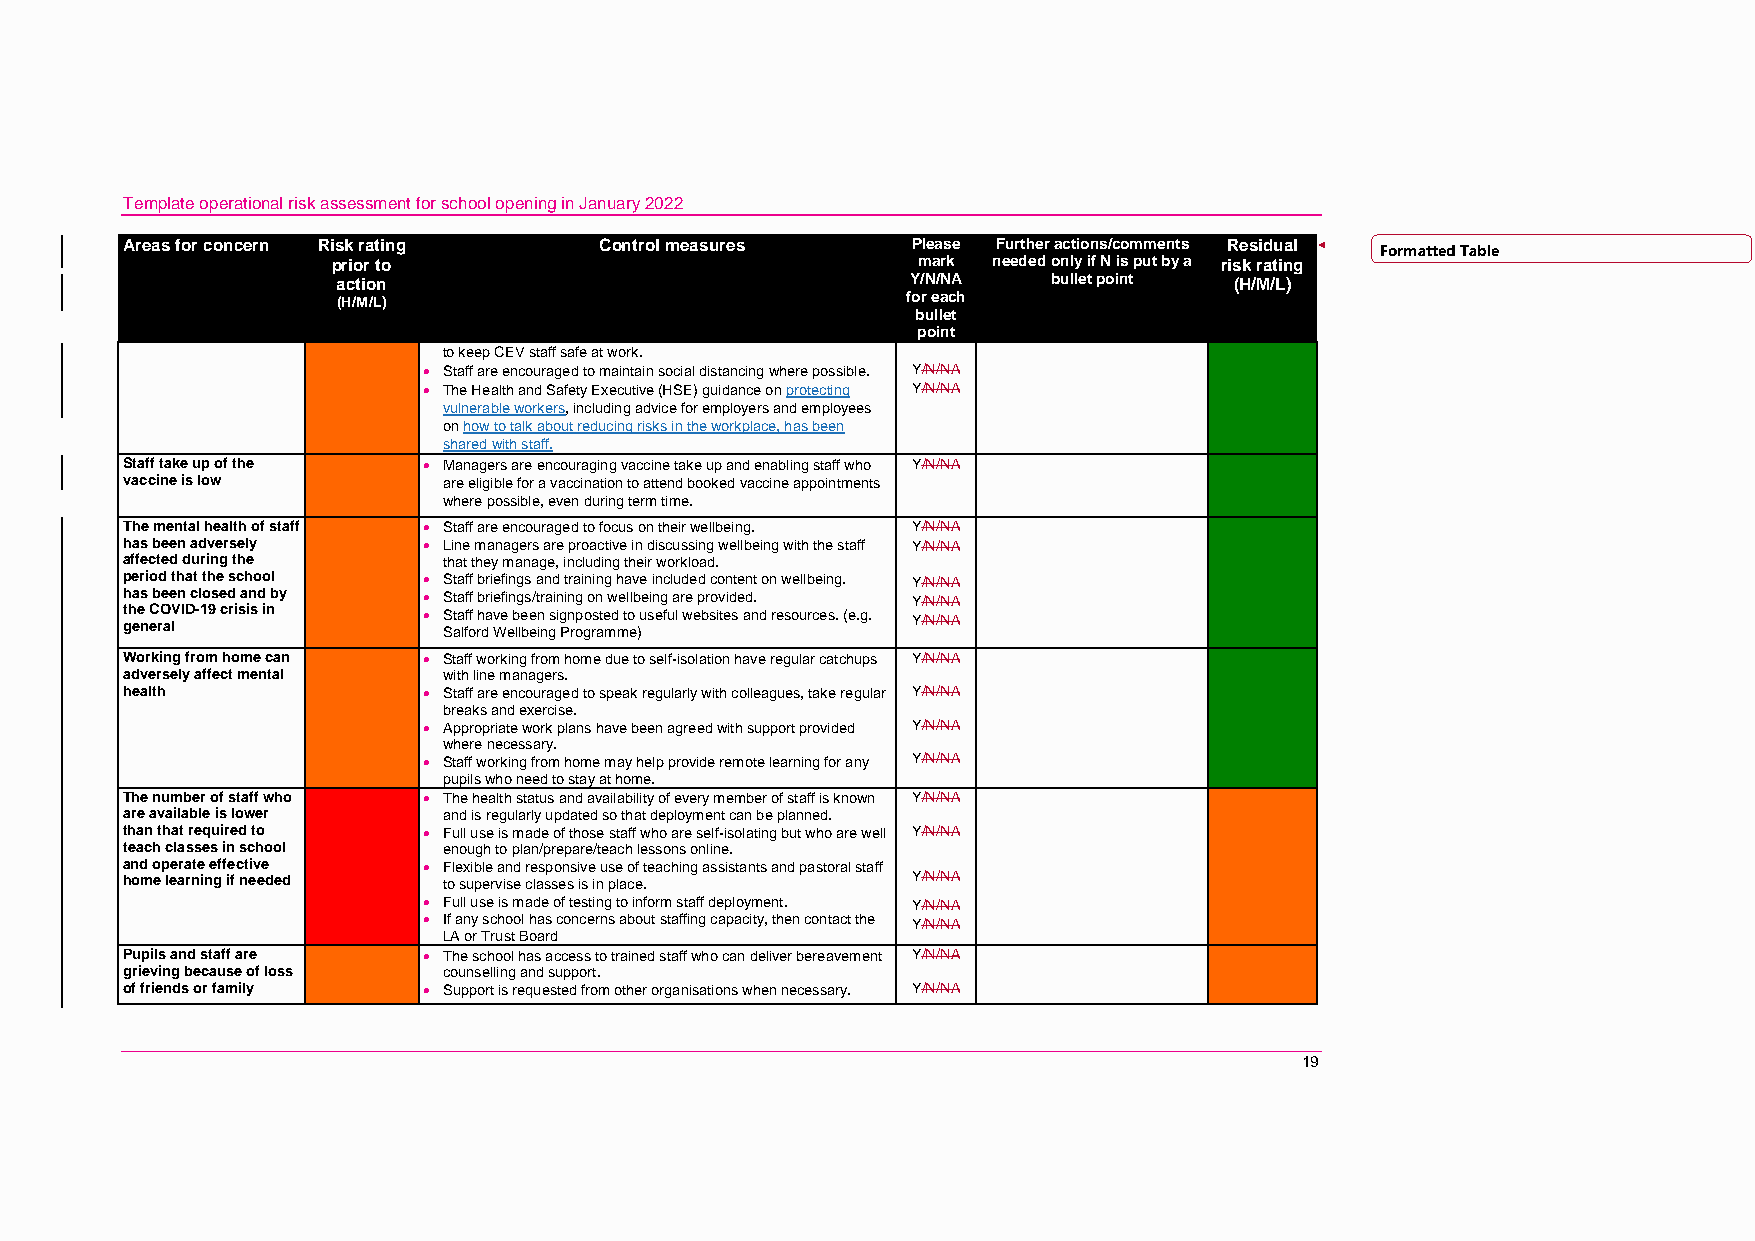
Template operational risk assessment for school opening in January 2022
 Areas for concern Risk rating   Control measures    Please Further actions/comments Residual Formatted Table
 prior to                               mark needed only if N is put by a risk rating
 action                                Y/N/NA    bullet point (H/M/L)
 (H/M/L)                               for each
 bullet
 point
 to keep CEV staff safe at work.
  Staff are encouraged to maintain social distancing where possible. Y/N/NA
  The Health and Safety Executive (HSE) guidance on protecting Y/N/NA
 vulnerable workers, including advice for employers and employees
 on how to talk about reducing risks in the workplace, has been
 shared with staff.
 Staff take up of the  Managers are encouraging vaccine take up and enabling staff who Y/N/NA
 vaccine is low       are eligible for a vaccination to attend booked vaccine appointments
 where possible, even during term time.
 The mental health of staff  Staff are encouraged to focus on their wellbeing. Y/N/NA
 has been adversely   Line managers are proactive in discussing wellbeing with the staff Y/N/NA
 affected during the  that they manage, including their workload.
 period that the school  Staff briefings and training have included content on wellbeing. Y/N/NA
 has been closed and by  Staff briefings/training on wellbeing are provided. Y/N/NA
 t gh ee n C erO aV l ID-19 crisis in  S St aa lff of rh da Wve e b lle be en in s gi g Pn rp oo gs rate md m to e )u seful websites and resources. (e.g. Y/N/NA
 Working from home can  Staff working from home due to self-isolation have regular catchups Y/N/NA
 adversely affect mental with line managers.
 health               Staff are encouraged to speak regularly with colleagues, take regular Y/N/NA
 breaks and exercise.
  Appropriate work plans have been agreed with support provided Y/N/NA
 where necessary.
  Staff working from home may help provide remote learning for any Y/N/NA
 pupils who need to stay at home.
 The number of staff who  The health status and availability of every member of staff is known Y/N/NA
 are available is lower and is regularly updated so that deployment can be planned.
 than that required to  Full use is made of those staff who are self-isolating but who are well Y/N/NA
 teach classes in school enough to plan/prepare/teach lessons online.
 and operate effective  Flexible and responsive use of teaching assistants and pastoral staff
 home learning if needed to supervise classes is in place. Y/N/NA
  Full use is made of testing to inform staff deployment. Y/N/NA
  If any school has concerns about staffing capacity, then contact the Y/N/NA
 LA or Trust Board
 Pupils and staff are  The school has access to trained staff who can deliver bereavement Y/N/NA
 grieving because of loss counselling and support.
 of friends or family  Support is requested from other organisations when necessary. Y/N/NA
 19